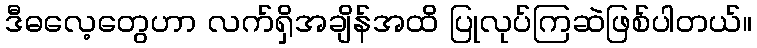
ဒီဓလေ့တွေဟာ လက်ရှိအချိန်အထိ ပြုလုပ်ကြဆဲဖြစ်ပါတယ်။